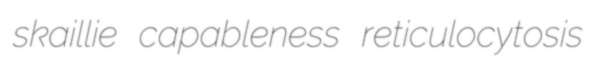
skaillie capableness reticulocytosis